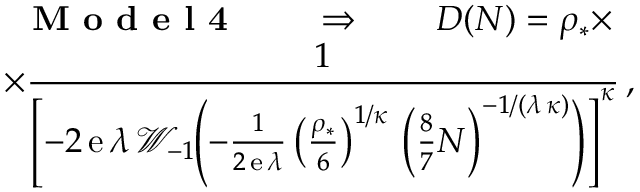
\begin{array} { r l } & { \; \, \textbf { M o d e l 4 } \qquad \Rightarrow \qquad D ( N ) = \rho _ { \ast } \times } \\ & { \times \displaystyle { \frac { 1 } { \left[ - 2 \, \mathrm { e } \, \lambda \, \mathcal { W } _ { - 1 } \! \! \: \! \left( - \frac { 1 } { 2 \, \mathrm { e } \, \lambda } \left( \frac { \rho _ { \ast } } { 6 } \right) ^ { 1 / \kappa } \, \left( \frac { 8 } { 7 } N \right) ^ { - 1 / ( \lambda \, \kappa ) } \right) \right] ^ { \kappa } } } \, , \phantom { \times } } \end{array}